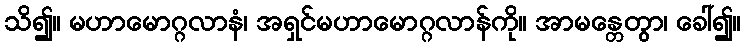
သိ၍။ မဟာမောဂ္ဂလာနံ၊ အရှင်မဟာမောဂ္ဂလာန်ကို။ အာမန္တေတွာ၊ ခေါ်၍။